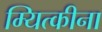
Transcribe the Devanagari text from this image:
म्यित्कीना